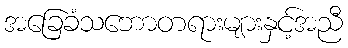
အခြေခံသဘောတရားများနှင့်အညီ